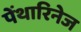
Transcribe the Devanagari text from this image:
पेंथारिनेज